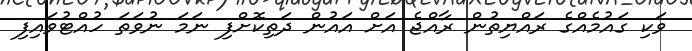
ވަކި ގައުމެއްގެ ރައްޔިތުން ރާއްޖެ އަށް އައުން ދަތިކޮށްފި ނަމަ ނުވަތަ ހުއްޓުވައިފި